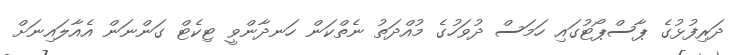
ދަރިފުޅުގެ ޕާސްޕޯޓުގައި ހަމަސް ދުވަހުގެ މުއްދަތު ނެތްކަން ހަނދާންވީ ޓިކެޓް ގަންނަން އެއާލައިނަށް